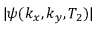
| \psi ( k _ { x } , k _ { y } , T _ { 2 } ) |